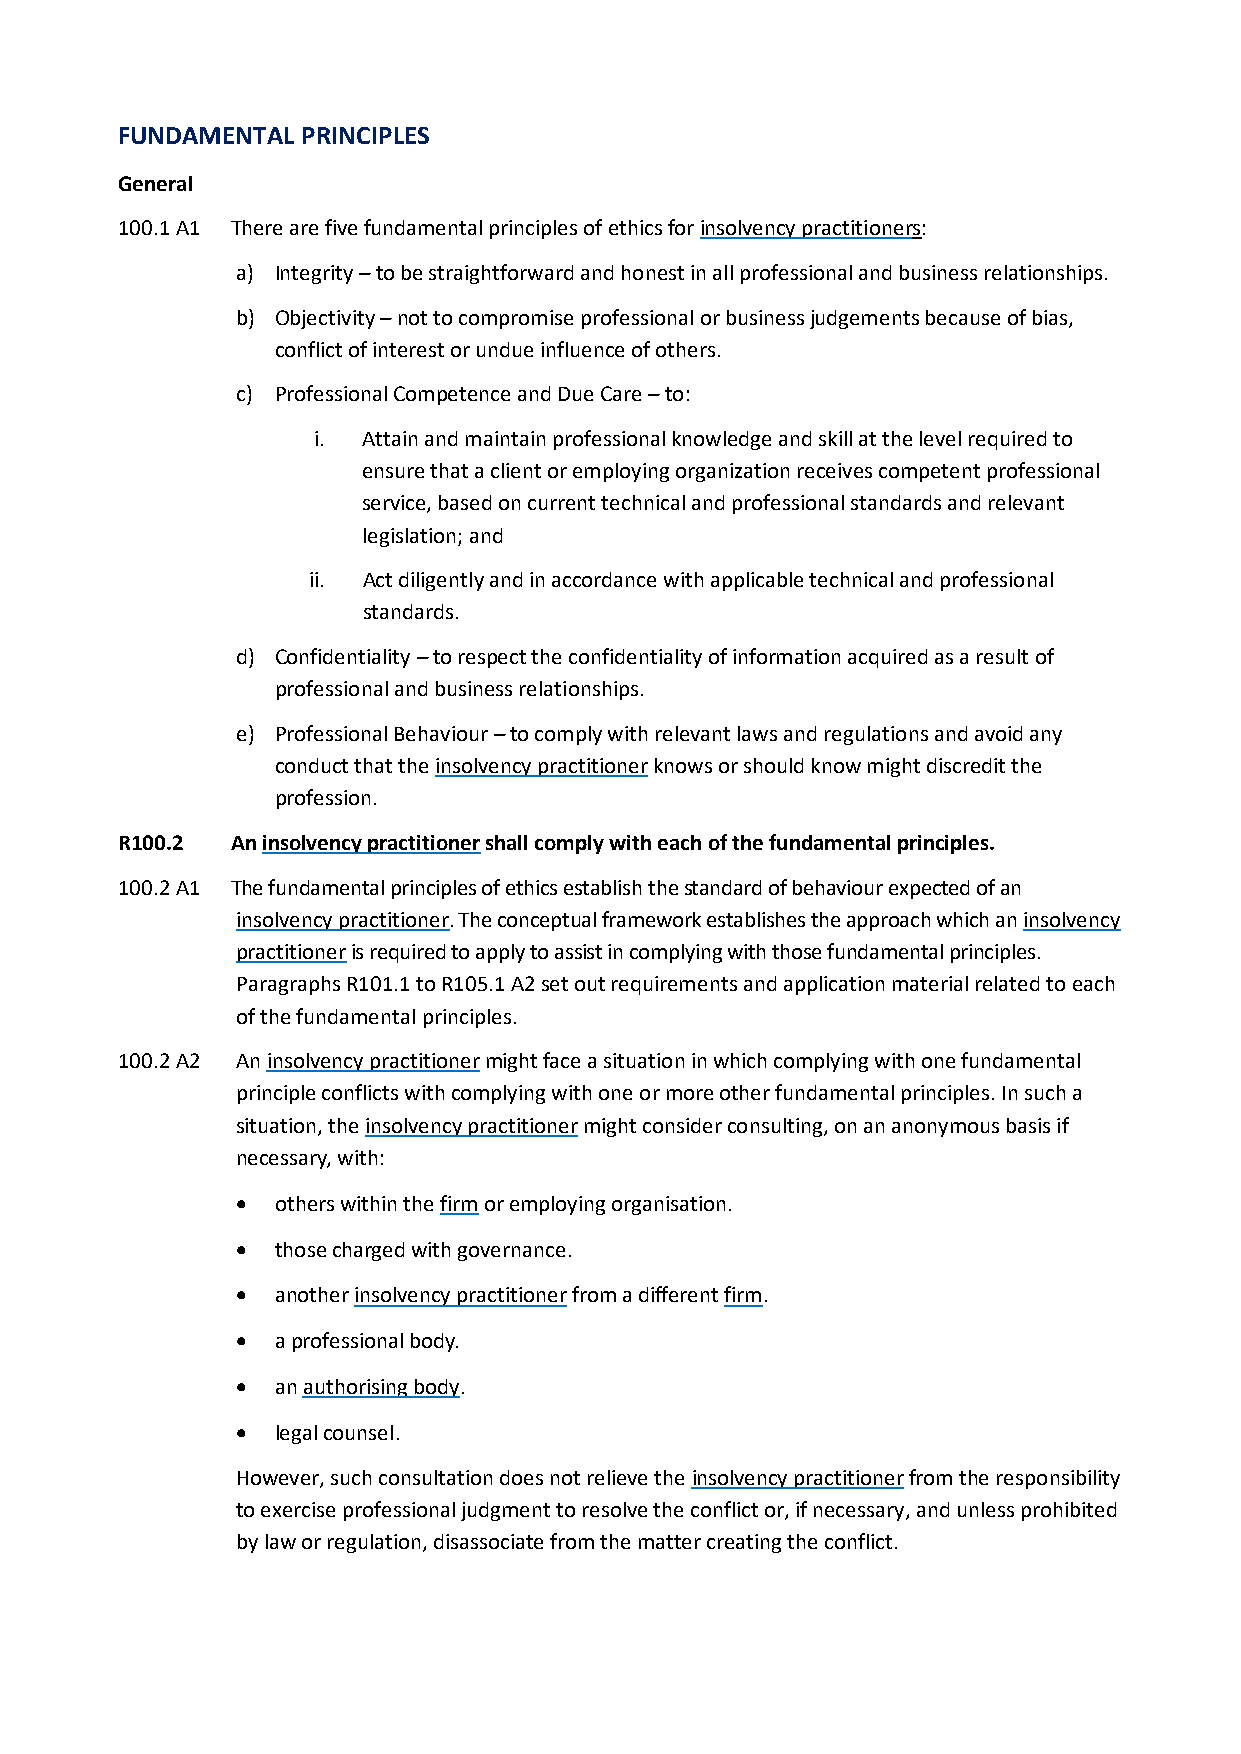
FUNDAMENTAL PRINCIPLES
 General
 100.1 A1 There are five fundamental principles of ethics for insolvency practitioners:
 a) Integrity – to be straightforward and honest in all professional and business relationships.
 b) Objectivity – not to compromise professional or business judgements because of bias,
 conflict of interest or undue influence of others.
 c) Professional Competence and Due Care – to:
 i. Attain and maintain professional knowledge and skill at the level required to
 ensure that a client or employing organization receives competent professional
 service, based on current technical and professional standards and relevant
 legislation; and
 ii. Act diligently and in accordance with applicable technical and professional
 standards.
 d) Confidentiality – to respect the confidentiality of information acquired as a result of
 professional and business relationships.
 e) Professional Behaviour – to comply with relevant laws and regulations and avoid any
 conduct that the insolvency practitioner knows or should know might discredit the
 profession.
 R100.2 An insolvency practitioner shall comply with each of the fundamental principles.
 100.2 A1 The fundamental principles of ethics establish the standard of behaviour expected of an
 insolvency practitioner. The conceptual framework establishes the approach which an insolvency
 practitioner is required to apply to assist in complying with those fundamental principles.
 Paragraphs R101.1 to R105.1 A2 set out requirements and application material related to each
 of the fundamental principles.
 100.2 A2 An insolvency practitioner might face a situation in which complying with one fundamental
 principle conflicts with complying with one or more other fundamental principles. In such a
 situation, the insolvency practitioner might consider consulting, on an anonymous basis if
 necessary, with:
 • others within the firm or employing organisation.
 • those charged with governance.
 • another insolvency practitioner from a different firm.
 • a professional body.
 • an authorising body.
 • legal counsel.
 However, such consultation does not relieve the insolvency practitioner from the responsibility
 to exercise professional judgment to resolve the conflict or, if necessary, and unless prohibited
 by law or regulation, disassociate from the matter creating the conflict.